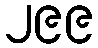
၂၉၉